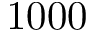
1 0 0 0